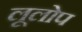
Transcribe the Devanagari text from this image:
लूलोप